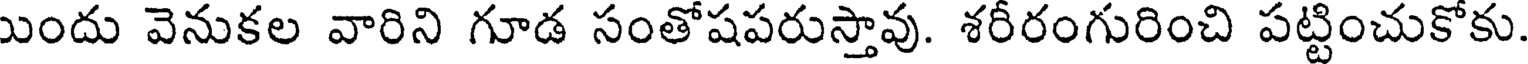
ుందు వెనుకల వారిని గూడ సంతోషపరుస్తావు. శరీరంగురించి పట్టించుకోకు